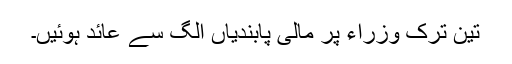
تین ترک وزراء پر مالی پابندیاں الگ سے عائد ہوئیں۔